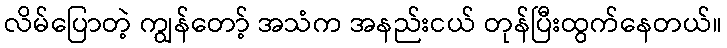
လိမ်ပြောတဲ့ ကျွန်တော့် အသံက အနည်းငယ် တုန်ပြီးထွက်နေတယ်။